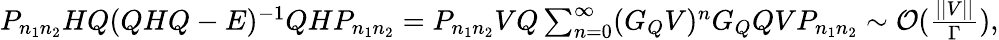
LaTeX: \begin{array}{r}{P_{n_{1}n_{2}}HQ(QHQ-E)^{-1}QHP_{n_{1}n_{2}}=P_{n_{1}n_{2}}VQ\sum_{n=0}^{\infty}(G_{Q}V)^{n}G_{Q}QVP_{n_{1}n_{2}}\sim\mathcal O(\frac{||V||}{\Gamma}),}\end{array}